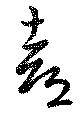
喜